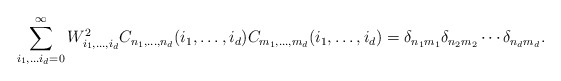
\begin{align*}\sum_{i_1,\ldots i_{d}=0}^{\infty}W_{i_1,\ldots,i_{d}}^2 C_{n_1,\ldots,n_{d}}(i_1,\ldots,i_{d})C_{m_1,\ldots,m_{d}}(i_1,\ldots,i_{d})=\delta_{n_1m_1}\delta_{n_2m_2}\cdots \delta_{n_{d}m_{d}}.\end{align*}